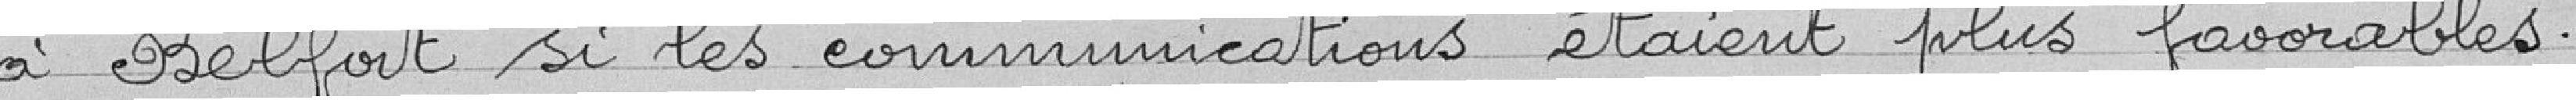
à Belfort si les communications étaient plus favorables.